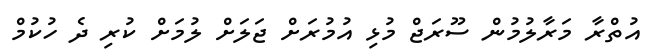
އުތްރާ މަރާލުމުން ސޫރަޖް މުޅި އުމުރަށް ޖަލަށް ލުމަށް ކުރި ދެ ހުކުމް